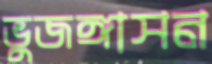
ভুজঙ্গাসন